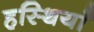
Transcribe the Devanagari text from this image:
हस्थियाँ